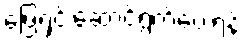
ဖြေရှင်းဆောင်ရွက်ပေးရန်